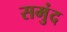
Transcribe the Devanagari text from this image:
समुंद